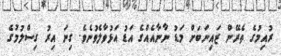
ރުއިމުގެ ތެރޭން ޒައިނަބަށް މަޑު ނާނާއެއްގެ އަޑު އަޅުވާލެވުނެވެ. ގިނަ އިރު ގިސްލުމުގެ